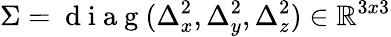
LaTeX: \Sigma=\mathrm{~d~i~a~g~}(\Delta_{x}^{2},\Delta_{y}^{2},\Delta_{z}^{2})\in{\mathbb{R}}^{3x3}